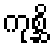
ကုစ္ဆိ